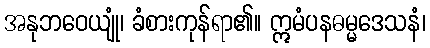
အနုဘဝေယျုံ၊ ခံစားကုန်ရာ၏။ ဣမံပနဓမ္မဒေသနံ၊